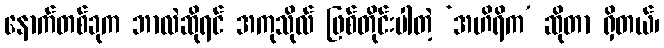
နောက်တစ်ခုက ဘာလဲဆိုရင် အကုသိုလ် ဖြစ်တိုင်းပါတဲ့ ‘အဟိရိက’ ဆိုတာ ရှိတယ်၊